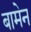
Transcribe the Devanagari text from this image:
बामेन